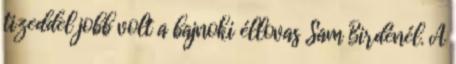
tizeddel jobb volt a bajnoki éllovas Sam Birdénél. A